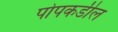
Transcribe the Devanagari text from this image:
पोपकडील